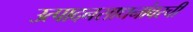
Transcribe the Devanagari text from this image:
उत्पादनसाधनांवरची